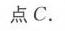
点\(C\).